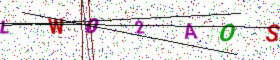
Text: LW02AOS